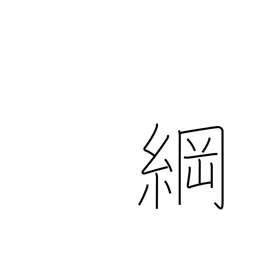
Meaning: hawser